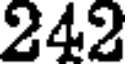
242